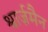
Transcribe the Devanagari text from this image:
श्वार्ज़मैन